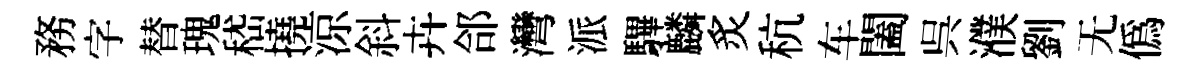
務字替瑰嵇撓涼斜卉郃灣派驆麟炙秔车闔呉濮劉无僞